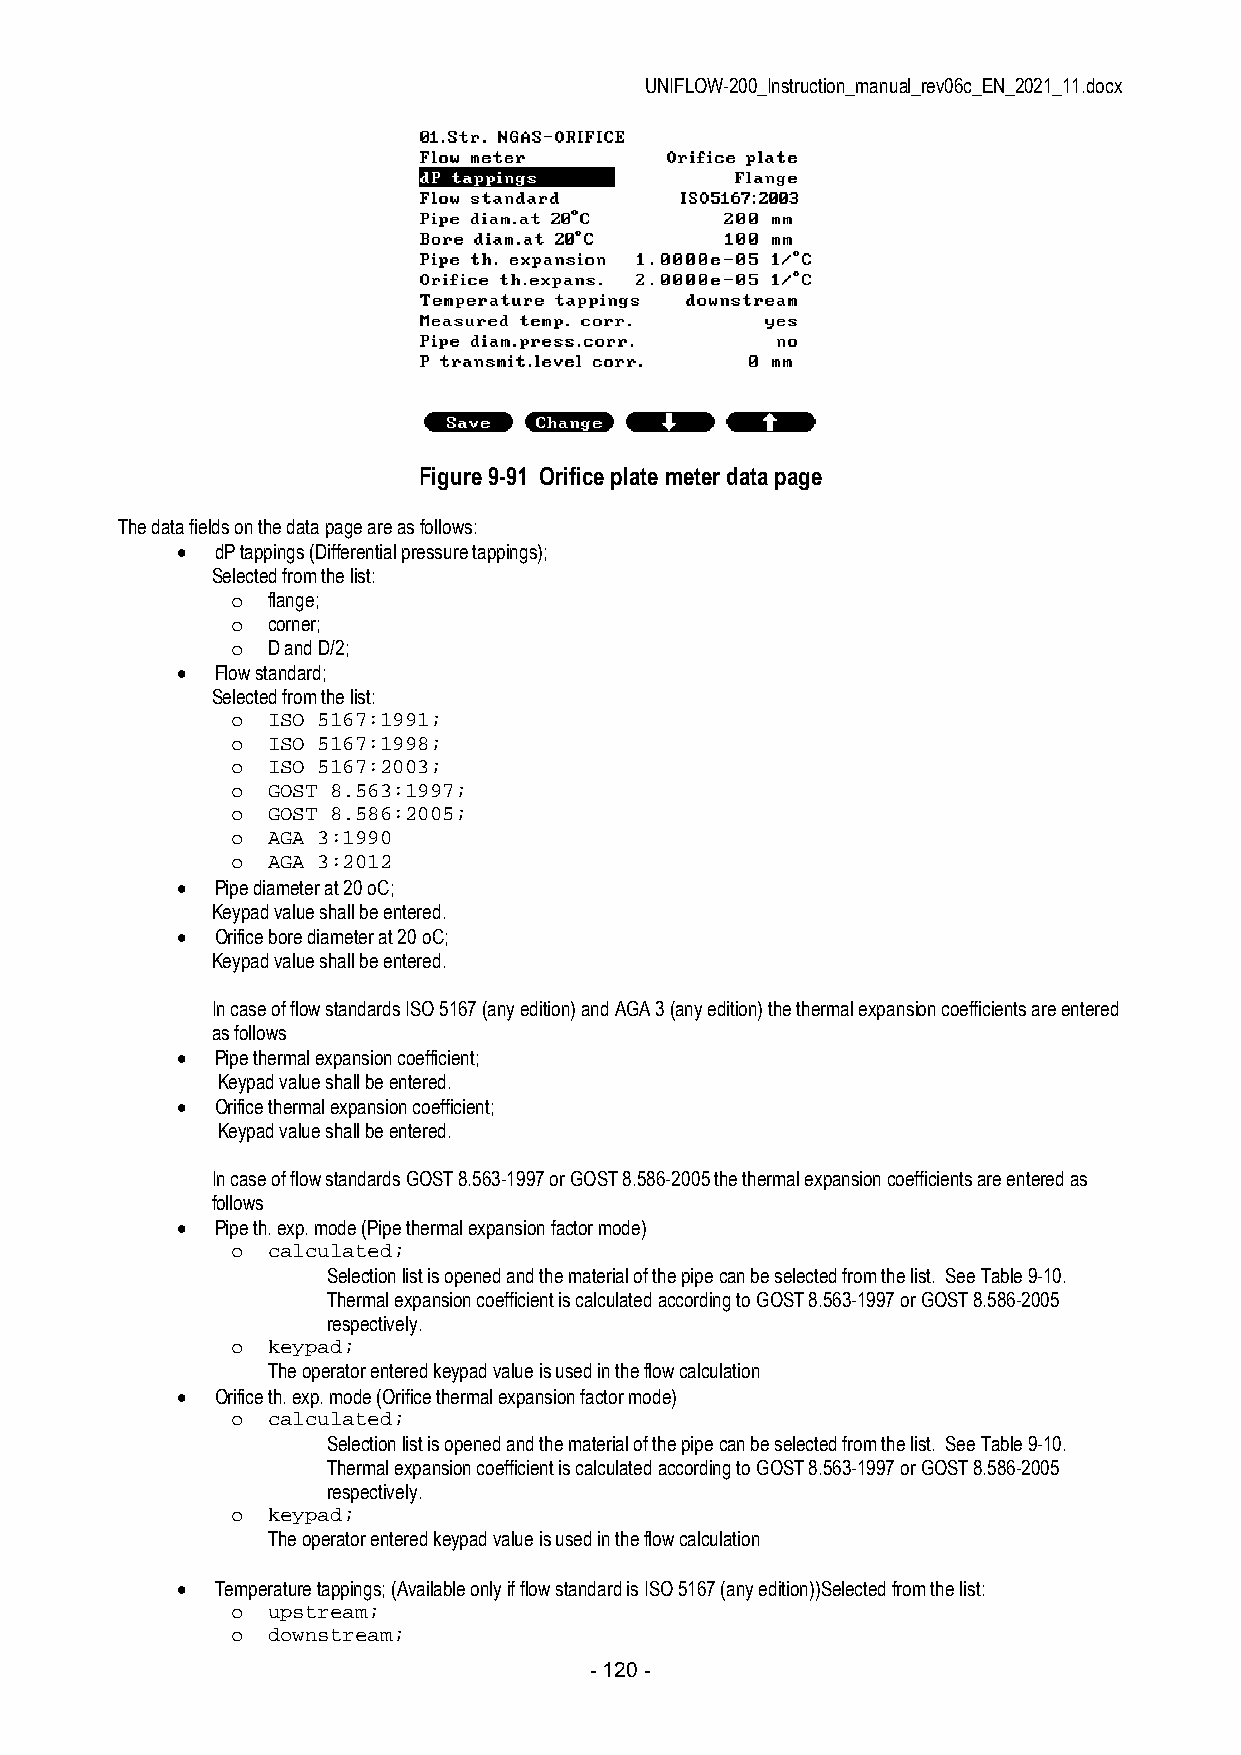
UNIFLOW-200_Instruction_manual_rev06c_EN_2021_11.docx
 Figure 9-91 Orifice plate meter data page
 The data fields on the data page are as follows:
  dP tappings (Differential pressure tappings);
 Selected from the list:
 o  flange;
 o  corner;
 o  D and D/2;
  Flow standard;
 Selected from the list:
 o  ISO 5167:1991;
 o  ISO 5167:1998;
 o  ISO 5167:2003;
 o  GOST 8.563:1997;
 o  GOST 8.586:2005;
 o  AGA 3:1990
 o  AGA 3:2012
  Pipe diameter at 20 oC;
 Keypad value shall be entered.
  Orifice bore diameter at 20 oC;
 Keypad value shall be entered.
 In case of flow standards ISO 5167 (any edition) and AGA 3 (any edition) the thermal expansion coefficients are entered
 as follows
  Pipe thermal expansion coefficient;
 Keypad value shall be entered.
  Orifice thermal expansion coefficient;
 Keypad value shall be entered.
 In case of flow standards GOST 8.563-1997 or GOST 8.586-2005 the thermal expansion coefficients are entered as
 follows
  Pipe th. exp. mode (Pipe thermal expansion factor mode)
 o  calculated;
 Selection list is opened and the material of the pipe can be selected from the list. See Table 9-10.
 Thermal expansion coefficient is calculated according to GOST 8.563-1997 or GOST 8.586-2005
 respectively.
 o  keypad;
 The operator entered keypad value is used in the flow calculation
  Orifice th. exp. mode (Orifice thermal expansion factor mode)
 o  calculated;
 Selection list is opened and the material of the pipe can be selected from the list. See Table 9-10.
 Thermal expansion coefficient is calculated according to GOST 8.563-1997 or GOST 8.586-2005
 respectively.
 o  keypad;
 The operator entered keypad value is used in the flow calculation
  Temperature tappings; (Available only if flow standard is ISO 5167 (any edition))Selected from the list:
 o  upstream;
 o  downstream;
 - 120 -